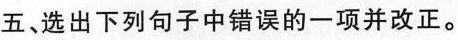
五、选出下列句子中错误的一项并改正。